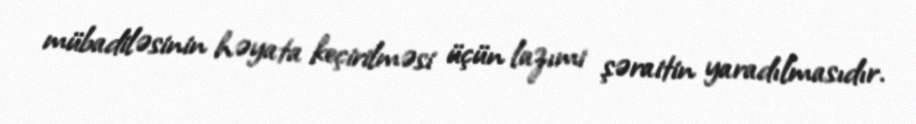
mübadiləsinin həyata keçirilməsi üçün lazımi şəraitin yaradılmasıdır.